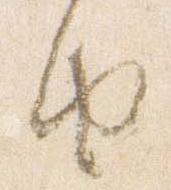
由